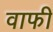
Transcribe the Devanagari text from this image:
वाफी